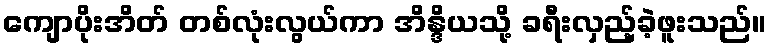
ကျောပိုးအိတ် တစ်လုံးလွယ်ကာ အိန္ဒိယသို့ ခရီးလှည့်ခဲ့ဖူးသည်။